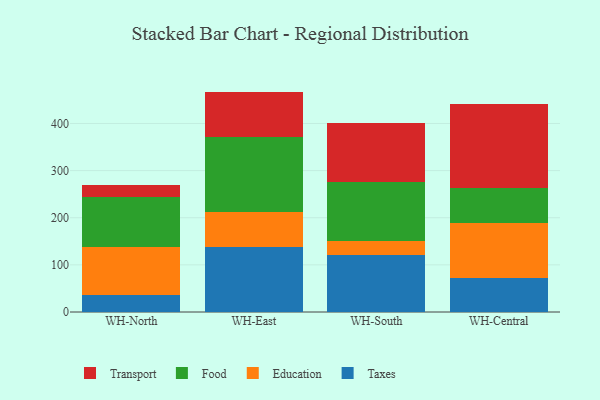
{"axis": {"x": "Warehouse", "y": "Population (Million)"}, "legend": ["Education", "Food", "Taxes", "Transport"], "data": [{"x": "WH-North", "y": 35.3, "type": "Taxes"}, {"x": "WH-North", "y": 102.0, "type": "Education"}, {"x": "WH-North", "y": 107.7, "type": "Food"}, {"x": "WH-North", "y": 24.1, "type": "Transport"}, {"x": "WH-East", "y": 137.9, "type": "Taxes"}, {"x": "WH-East", "y": 74.7, "type": "Education"}, {"x": "WH-East", "y": 158.4, "type": "Food"}, {"x": "WH-East", "y": 96.6, "type": "Transport"}, {"x": "WH-South", "y": 121.0, "type": "Taxes"}, {"x": "WH-South", "y": 30.1, "type": "Education"}, {"x": "WH-South", "y": 125.3, "type": "Food"}, {"x": "WH-South", "y": 125.4, "type": "Transport"}, {"x": "WH-Central", "y": 72.8, "type": "Taxes"}, {"x": "WH-Central", "y": 116.0, "type": "Education"}, {"x": "WH-Central", "y": 73.4, "type": "Food"}, {"x": "WH-Central", "y": 179.0, "type": "Transport"}]}